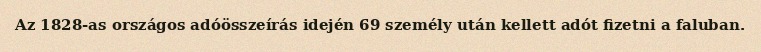
Az 1828-as országos adóösszeírás idején 69 személy után kellett adót fizetni a faluban.